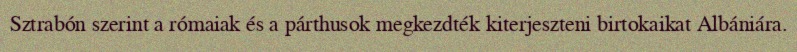
Sztrabón szerint a rómaiak és a párthusok megkezdték kiterjeszteni birtokaikat Albániára.